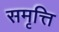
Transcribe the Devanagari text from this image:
समृत्ति